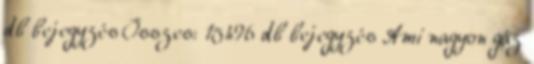
db bejegyzés Összes: 15496 db bejegyzés Ami nagyon gáz